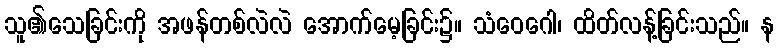
သူ၏သေခြင်းကို အဖန်တစ်လဲလဲ အောက်မေ့ခြင်း၌။ သံဝေဂေါ၊ ထိတ်လန့်ခြင်းသည်။ န